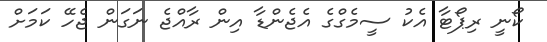
ކޯނީ ރިޕޯޓާ އެކު ސީމެގްގެ އެޖެންޑާ އިން ރާއްޖެ ނަގަން ޖެހޭ ކަމަށް